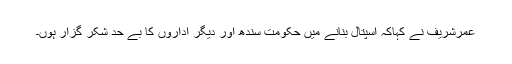
عمرشریف نے کہاکہ اسپتال بنانے میں حکومت سندھ اور دیگر اداروں کا بے حد شکر گزار ہوں۔